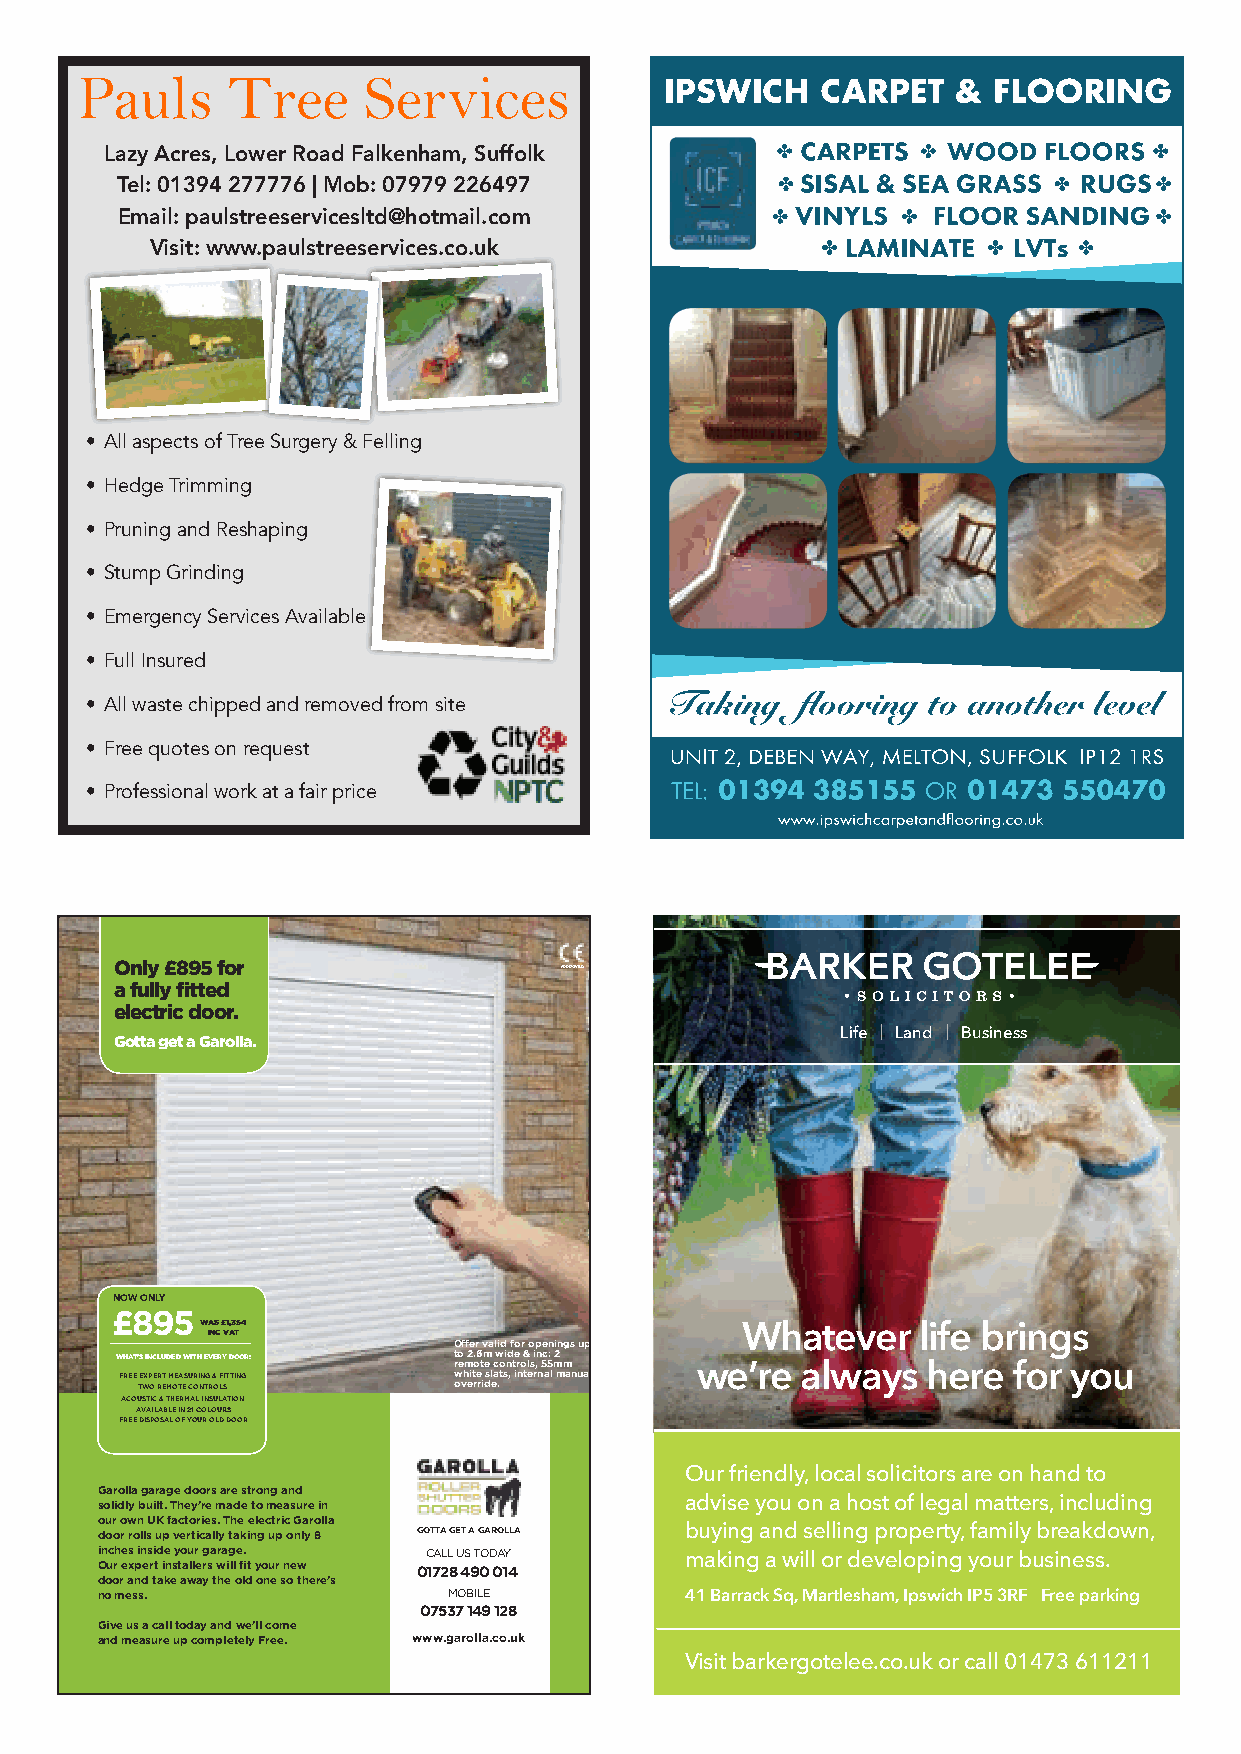
Pauls     Tree     Services
 Lazy Acres, Lower Road Falkenham, Suffolk
 Tel: 01394 277776 | Mob: 07979 226497
 Email: paulstreeservicesltd@hotmail.com
 Visit: www.paulstreeservices.co.uk
 • All aspects of Tree Surgery & Felling
 • Hedge Trimming
 • Pruning and Reshaping
 • Stump Grinding
 • Emergency Services Available
 • Full Insured
 • All waste chipped and removed from site
 • Free quotes on request
 • Professional work at a fair price
 Only £895 for
 APPROVED
 a fully fitted
 electric door.
 Gotta get a Garolla.                            Life | Land | Business
 NOW ONLY
 £895
 WAS £1,354
 INC VAT                            Whatever    life brings
 Offer valid for openings up
 WHAT’S INCLUDED WITH EVERY DOOR: t ro em 2 o.6 tm e cw oi nd te r o& ls i ,n 5c 5: m2 m
 FREE TE WXP OE R RT E MM OE TA ES U CR OI NN TG R & O F LSITTING w ovh eit re ri dsl ea .ts, internal manual we’re always here for you
 ACOUSTIC & THERMAL INSULATION
 AVAILABLE IN 21 COLOURS
 FREE DISPOSAL OF YOUR OLD DOOR
 Our friendly, local solicitors are on hand to
 Garolla garage doors are strong and
 solidly built. They’re made to measure in advise you on a host of legal matters, including
 our own UK factories. The electric Garolla
 door rolls up vertically taking up only 8 GOTTA GET A GAROLLA buying and selling property, family breakdown,
 i On uc rh e es x pin es ri td ie n sy to au llr e rg sa wra ig lle fi. t your new 0C 17A 2LL 8 U 4S 9 T 0OD 0A 1Y 4 making a will or developing your business.
 door and take away the old one so there’s
 no mess.                MOBILE         41 Barrack Sq, Martlesham, Ipswich IP5 3RF Free parking
 07537 149 128
 Give us a call today and we’ll come
 and measure up completely Free. www.garolla.co.uk
 Visit barkergotelee.co.uk or call 01473 611211